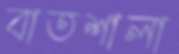
বাতশালা